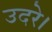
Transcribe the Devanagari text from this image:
उदरे।